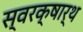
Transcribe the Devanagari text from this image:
स्वरक्षार्थ